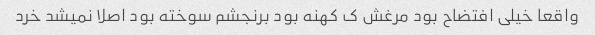
واقعا خیلی افتضاح بود مرغش ک کهنه بود برنجشم سوخته بود اصلا نمیشد خرد